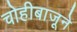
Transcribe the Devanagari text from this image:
चोहीबाजूने